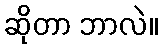
ဆိုတာ ဘာလဲ။